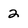
Character: 2